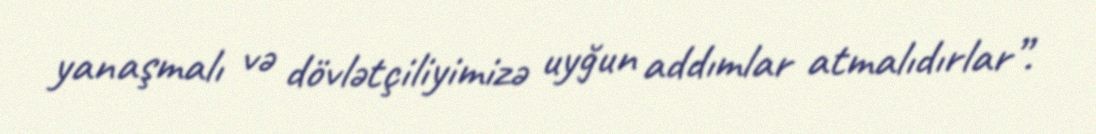
yanaşmalı və dövlətçiliyimizə uyğun addımlar atmalıdırlar”.